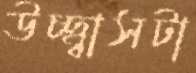
উচ্ছ্বাসটা